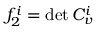
f _ { 2 } ^ { i } = \operatorname* { d e t } C _ { v } ^ { i }